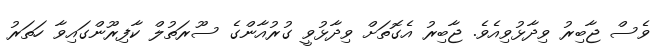
ވެސް ޖާބިރު ވިދާޅުވިއެވެ. ޖާބިރު އެގޮތަށް ވިދާޅުވީ ގުރުއާންގެ ސޫރަތުލް ކާފިރޫންގައިވާ ހަތަރު